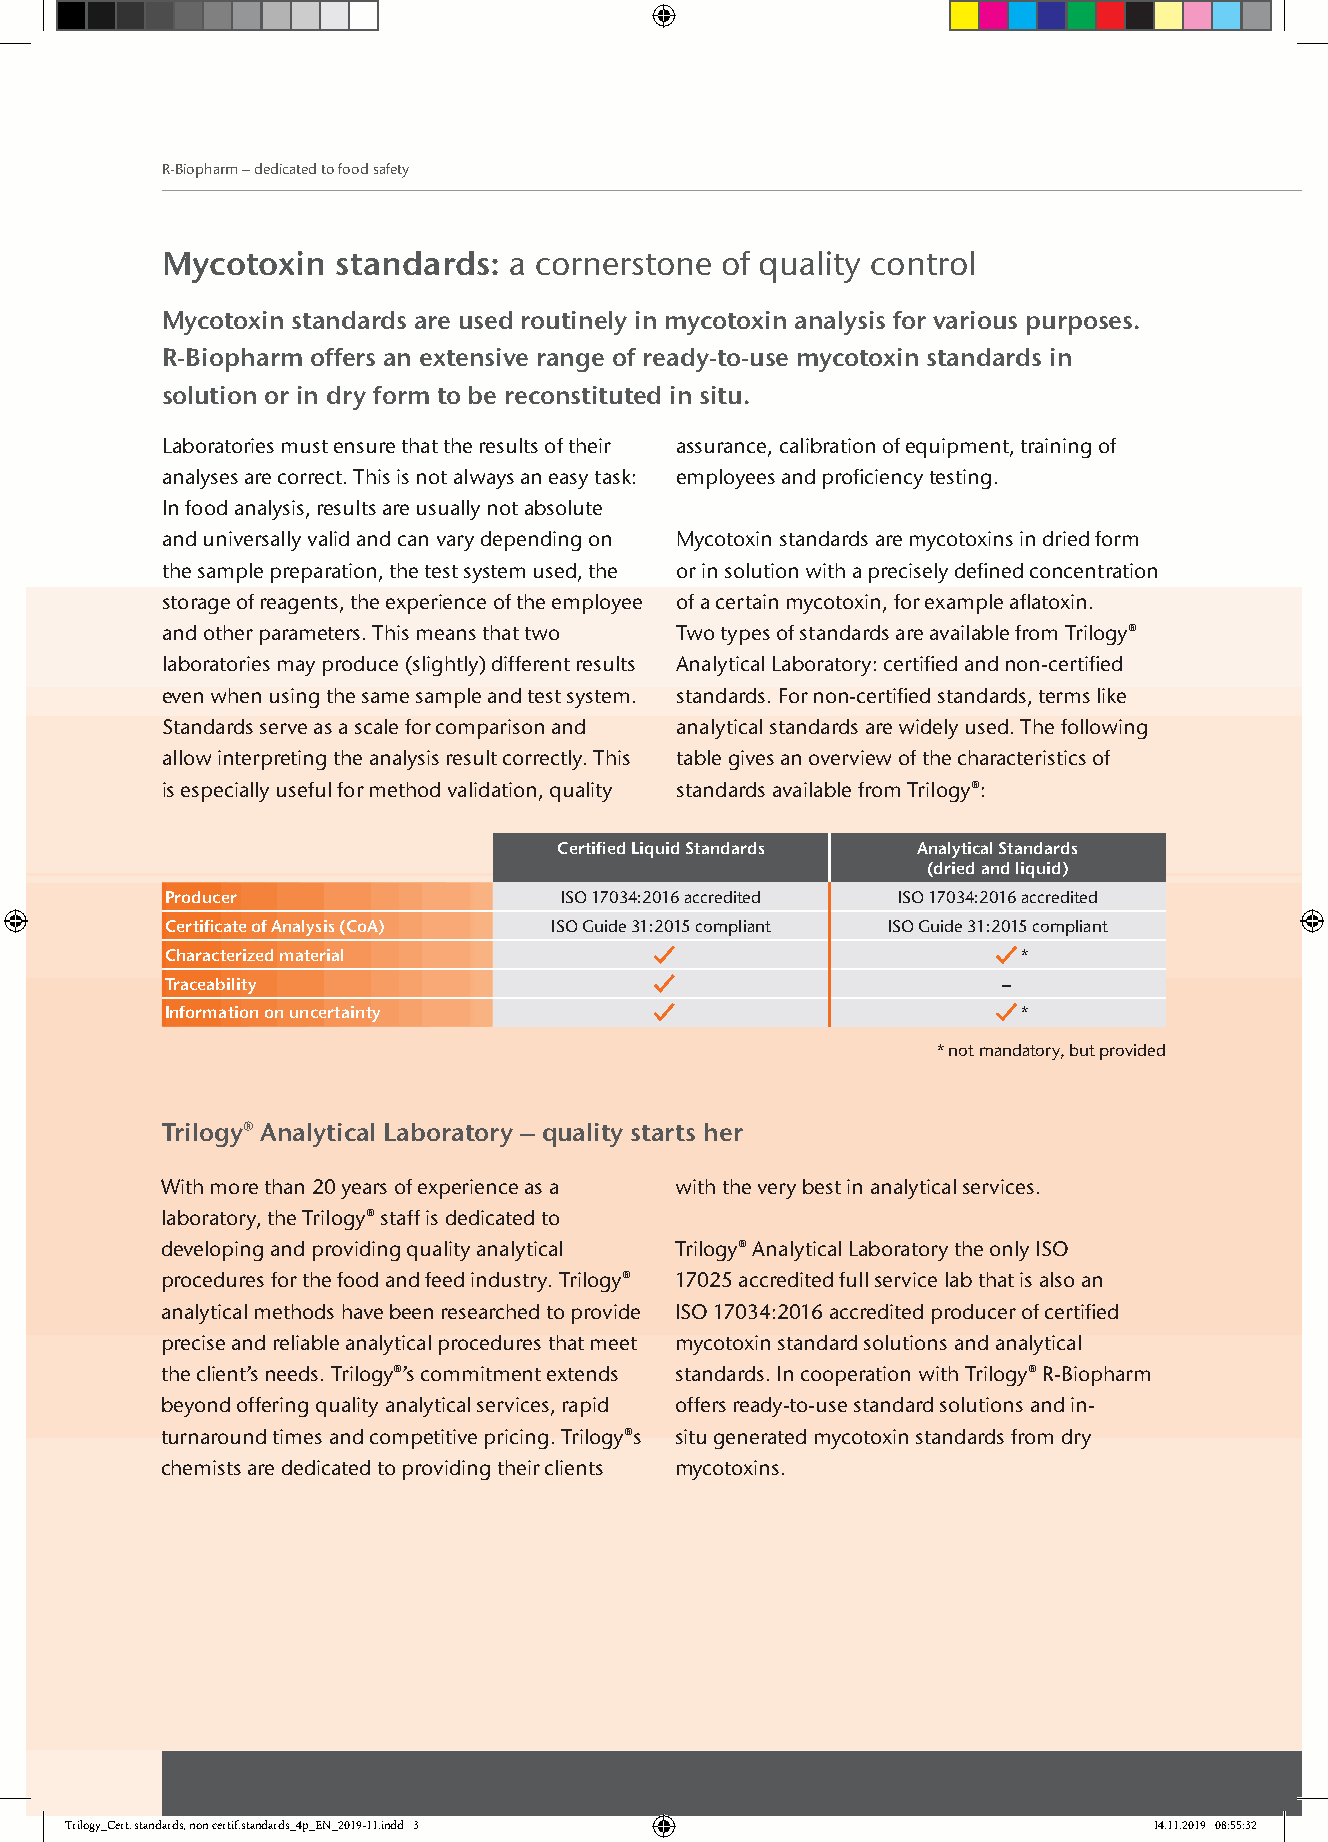
R-Biopharm – dedicated to food safety
 Mycotoxin  standards:  a cornerstone of quality control
 Mycotoxin standards are used routinely in mycotoxin analysis for various purposes.
 R-Biopharm offers an extensive range of ready-to-use mycotoxin standards in
 solution or in dry form to be reconstituted in situ.
 Laboratories must ensure that the results of their assurance, calibration of equipment, training of
 analyses are correct. This is not always an easy task: employees and proficiency testing.
 In food analysis, results are usually not absolute
 and universally valid and can vary depending on Mycotoxin standards are mycotoxins in dried form
 the sample preparation, the test system used, the or in solution with a precisely defined concentration
 storage of reagents, the experience of the employee of a certain mycotoxin, for example aflatoxin.
 and other parameters. This means that two Two types of standards are available from Trilogy®
 laboratories may produce (slightly) different results Analytical Laboratory: certified and non-certified
 even when using the same sample and test system. standards. For non-certified standards, terms like
 Standards serve as a scale for comparison and analytical standards are widely used. The following
 allow interpreting the analysis result correctly. This table gives an overview of the characteristics of
 is especially useful for method validation, quality standards available from Trilogy®:
 Certified Liquid Standards Analytical Standards
 (dried and liquid)
 Producer                  ISO 17034:2016 accredited ISO 17034:2016 accredited
 Certificate of Analysis (CoA) ISO Guide 31:2015 compliant ISO Guide 31:2015 compliant
 Characterized material                                   *
 Traceability                                           –
 Information on uncertainty                               *
 * not mandatory, but provided
 Trilogy® Analytical Laboratory – quality starts her
 With more than 20 years of experience as a with the very best in analytical services.
 laboratory, the Trilogy® staff is dedicated to
 developing and providing quality analytical Trilogy® Analytical Laboratory the only ISO
 procedures for the food and feed industry. Trilogy® 17025 accredited full service lab that is also an
 analytical methods have been researched to provide ISO 17034:2016 accredited producer of certified
 precise and reliable analytical procedures that meet mycotoxin standard solutions and analytical
 the client’s needs. Trilogy®’s commitment extends standards. In cooperation with Trilogy® R-Biopharm
 beyond offering quality analytical services, rapid offers ready-to-use standard solutions and in-
 turnaround times and competitive pricing. Trilogy®s situ generated mycotoxin standards from dry
 chemists are dedicated to providing their clients mycotoxins.
 TTrriillooggyy__CCeerrtt.. ssttaannddaarrddss,, nnoonn cceerrttiiff..ssttaannddaarrddss__44pp__EENN__22001199--1111..iinndddd 33 1144..1111..22001199 0088::5555::3322